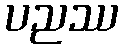
ပညဿ